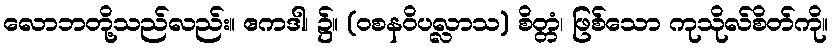
လောဘတို့သည်လည်း။ ဧကဒါ၊ ၌။ (ဝစနဝိပလ္လာသ) စိတ္တံ၊ ဖြစ်သော ကုသိုလ်စိတ်ကို။